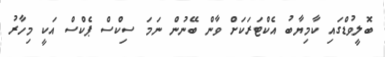
ބޮލީވުޑްގައި ކާމިޔާބު އެކްޓަރަކަށް ވާން ބޭނުން ނަމަ ސިކްސް ޕެކްސް އަކީ މިހާރު